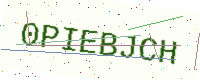
Text: 0PIEBJCH